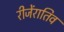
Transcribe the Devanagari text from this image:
रीजेंरातिव